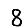
Digit: 8